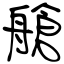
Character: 艙